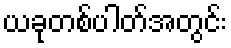
ယခုတစ်ပါတ်အတွင်း